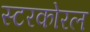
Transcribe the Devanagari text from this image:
स्टरकोरल